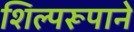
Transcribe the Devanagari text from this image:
शिल्परूपाने